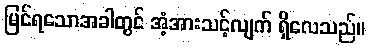
မြင်ရသောအခါတွင် အံ့အားသင့်လျက် ရှိလေသည်။